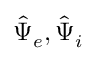
\hat { \Psi } _ { e } , \hat { \Psi } _ { i }